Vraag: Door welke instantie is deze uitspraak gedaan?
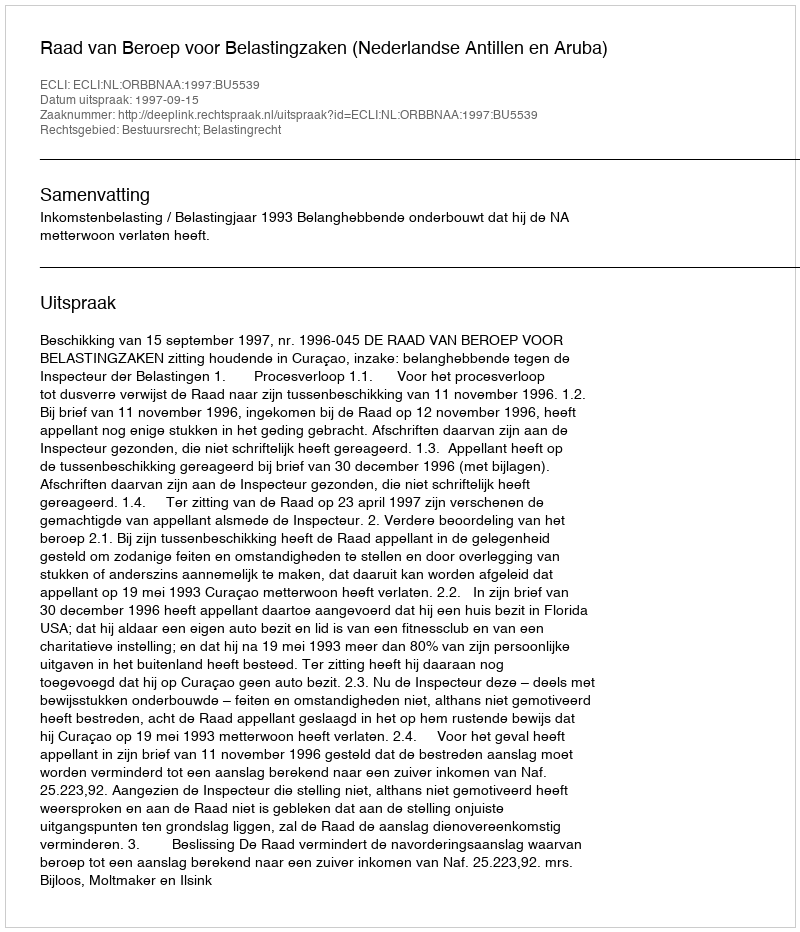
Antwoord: Raad van Beroep voor Belastingzaken (Nederlandse Antillen en Aruba)